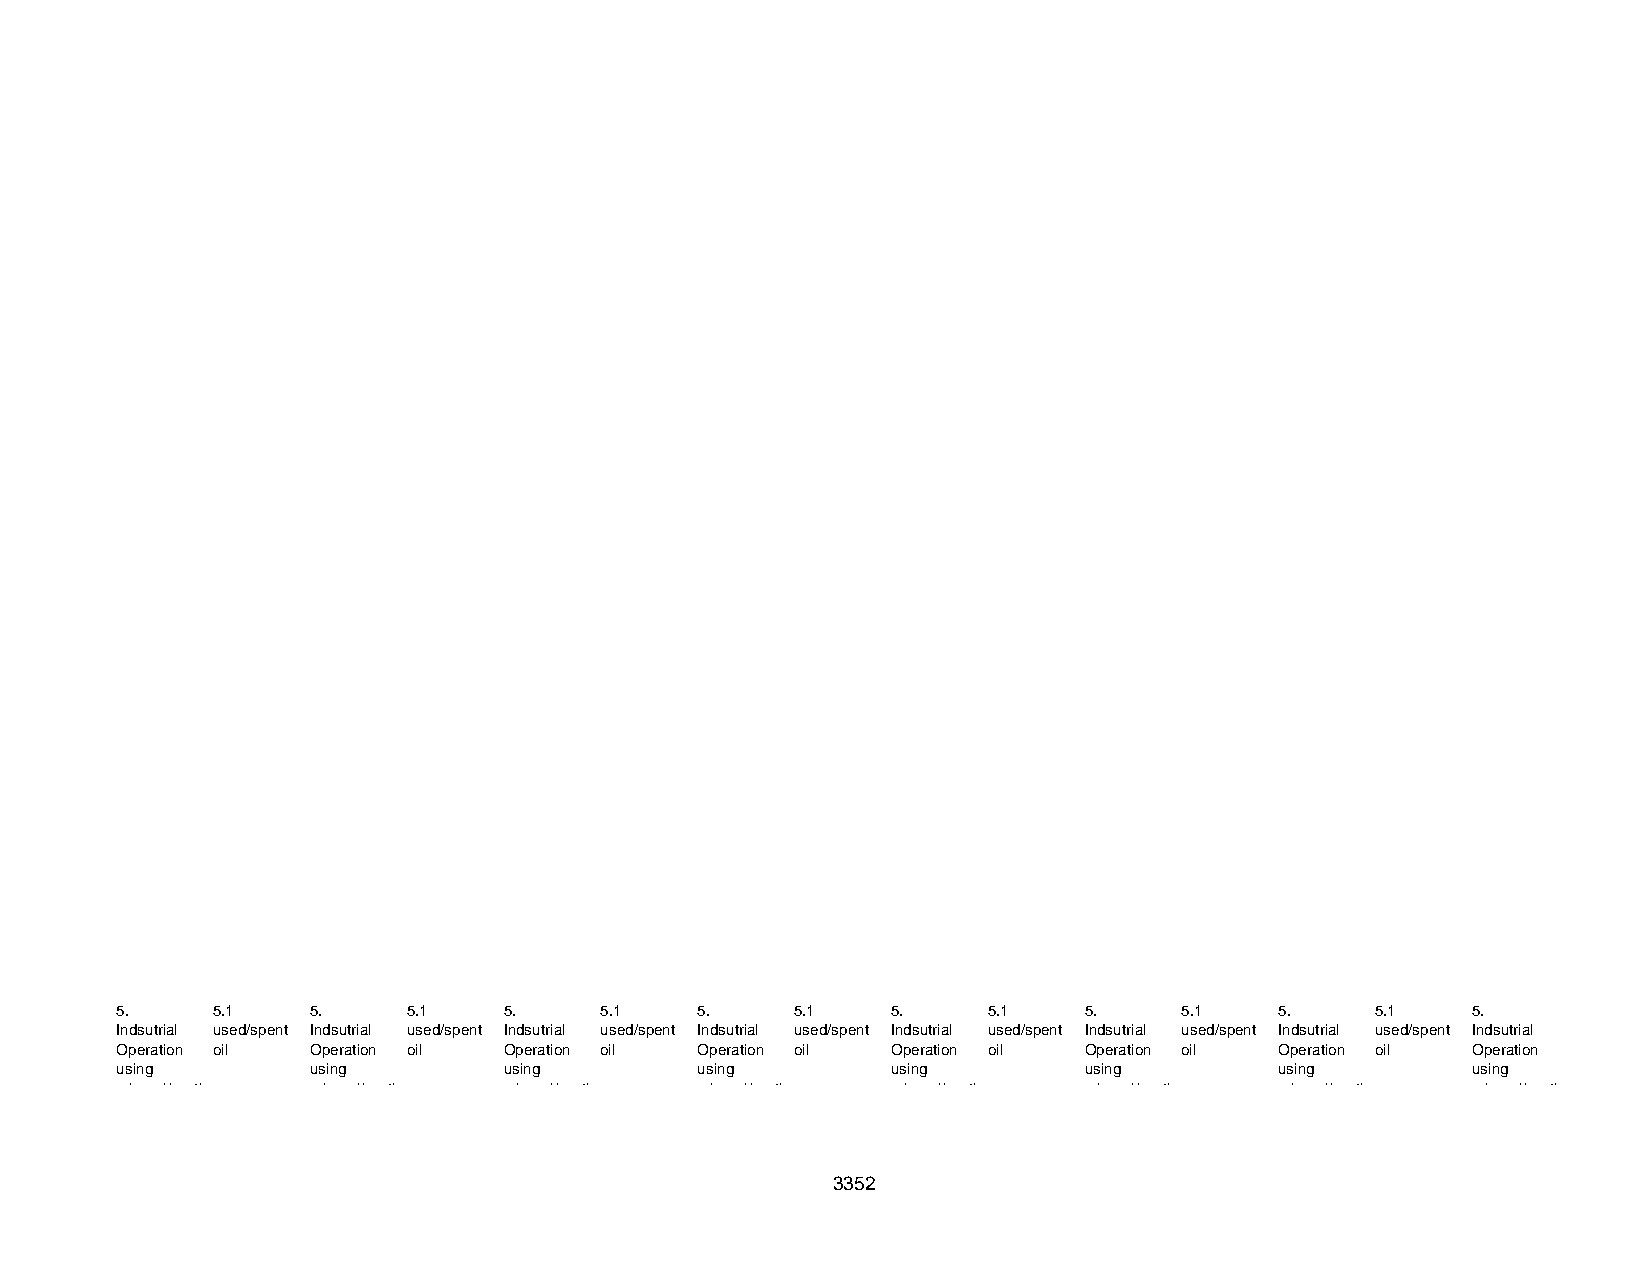
5.    5 . 1  5 .   5 . 1 5 .    5 . 1 5 .    5 . 1 5 .   5 . 1  5 .   5 . 1  5 .   5 . 1 5 .
 Indsutrial used/spent Indsutrial used/spent Indsutrial used/spent Indsutrial used/spent Indsutrial used/spent Indsutrial used/spent Indsutrial used/spent Indsutrial
 Operation oil Operation oil Operation oil Operation oil Operation oil Operation oil Operation oil Operation
 using        using       using        using        using        using        using       using
 mineral/synth mineral/synth mineral/synth mineral/synth mineral/synth mineral/synth mineral/synth mineral/synth
 3352